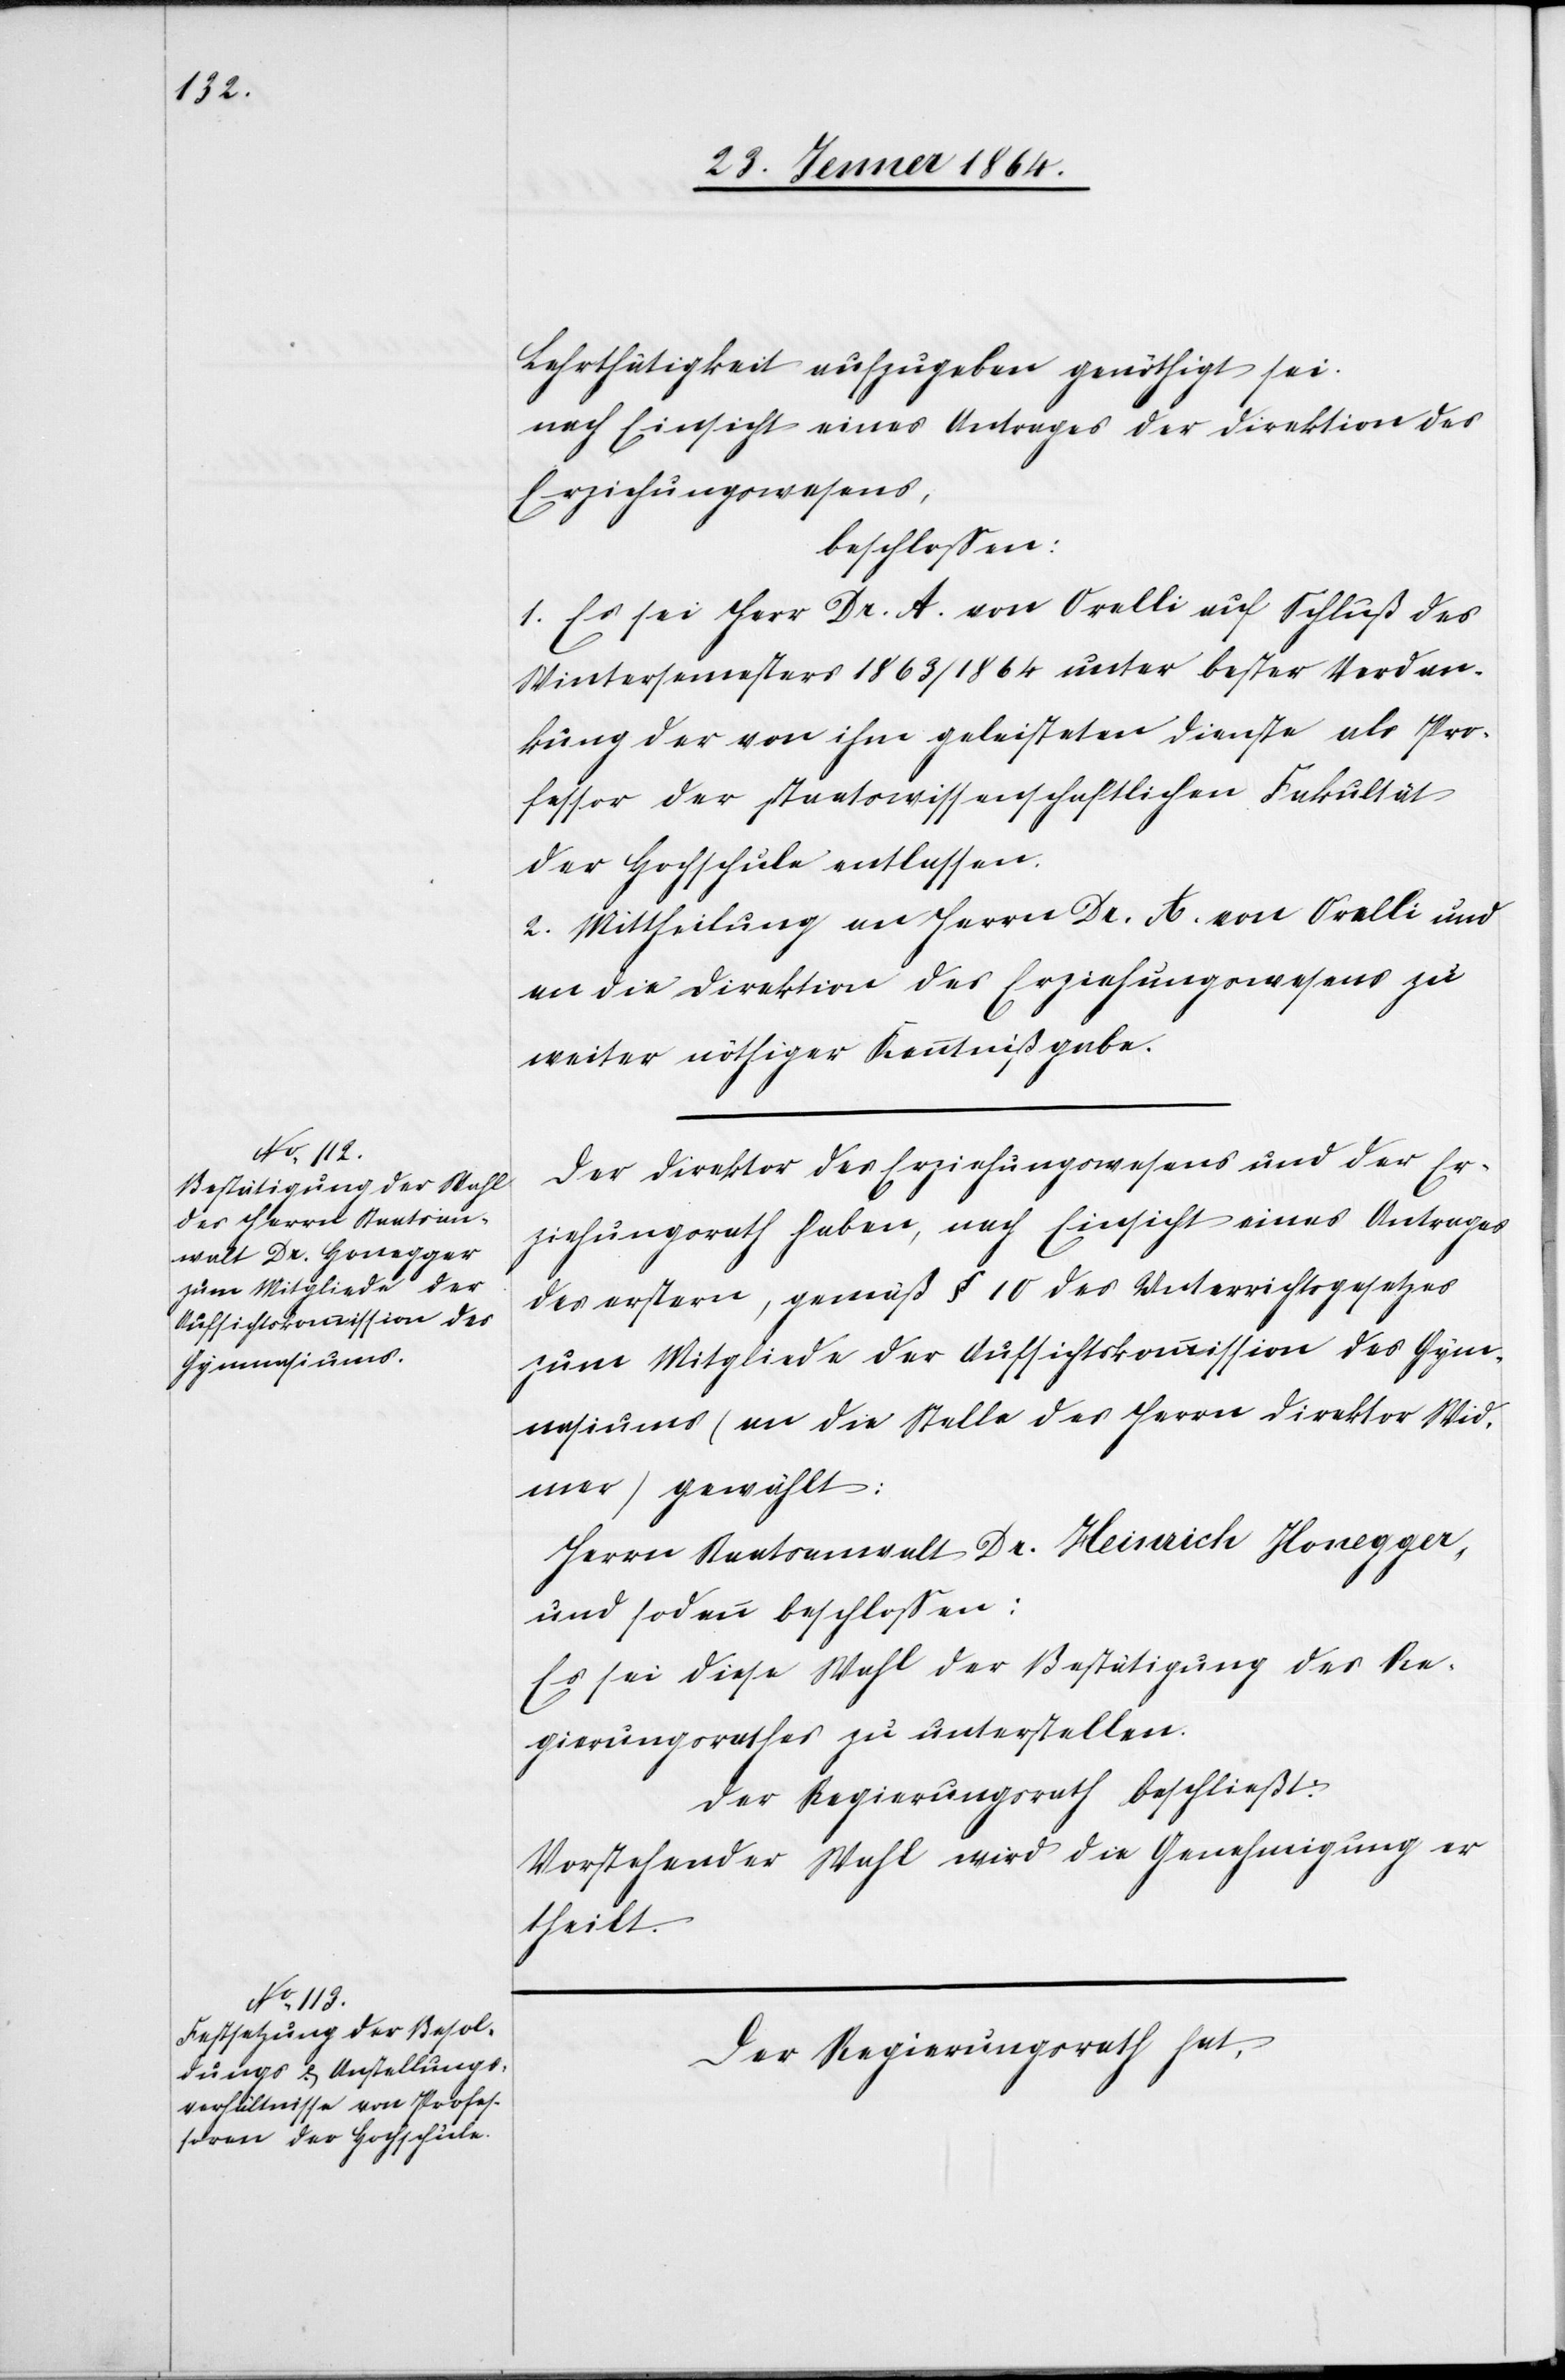
Lehrtätigkeit aufzugeben genöthigt sei.
nach Einsicht eines Antrages der Direktion des
Erziehungswesens,
beschlossen:
1. Es sei Herr Dr. A. von Orelli auf Schluß des
Wintersemesters 1863/1864 unter bester Verdan¬
kung der von ihm geleisteten Dienste als Pro¬
fessor der staatswissenschaftlichen Fakultät
der Hochschule entlassen.
2. Mittheilung an Herrn Dr. A. von Orelli und
an die Direktion des Erziehungswesens zu
weiter nöthiger Kenntnißgabe.
Der Direktor des Erziehungswesens und der Er¬
ziehungsrath haben, nach Einsicht eines Antrages
des ersteren, gemäß § 10 des Unterrichtsgesetzes
zum Mitgliede der Aufsichtskommission des Gym¬
nasiums (an die Stelle des Herrn Direktor Wid¬
mer) gewählt:
Herrn Staatswanwalt Dr. Heinrich Honegger,
und sodann beschlossen:
Es sei diese Wahl der Bestätigung des Re¬
gierungsrathes zu unterstellen.
Der Regierungsrath beschließt:
Vorstehender Wahl wird die Genehmigung er¬
theilt.
Der Regierungsrath hat,